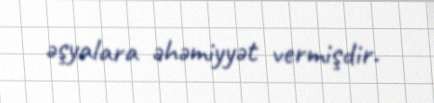
əşyalara əhəmiyyət vermişdir.